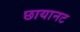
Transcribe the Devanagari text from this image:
छायानट